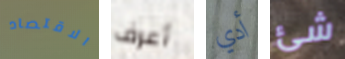
الاقتصاد أعرف أدي شئ